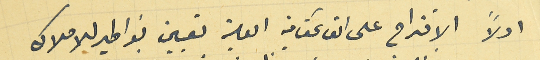
اولاً الاقتراح على القائمقامية العلية تعيين نواطير للاملاك